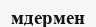
мдермен